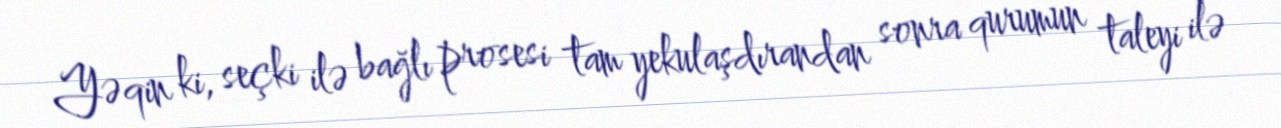
Yəqin ki, seçki ilə bağlı prosesi tam yekulaşdırandan sonra qurumun taleyi ilə